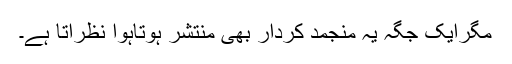
مگرایک جگہ یہ منجمد کردار بھی منتشر ہوتاہوا نظرآتا ہے۔